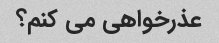
عذرخواهی می کنم؟